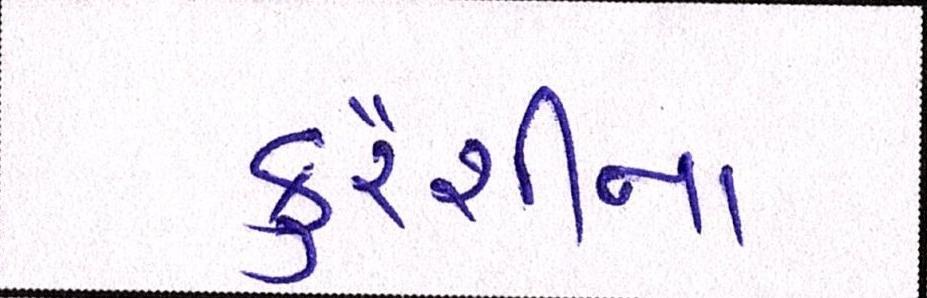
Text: કુરૈશીનો